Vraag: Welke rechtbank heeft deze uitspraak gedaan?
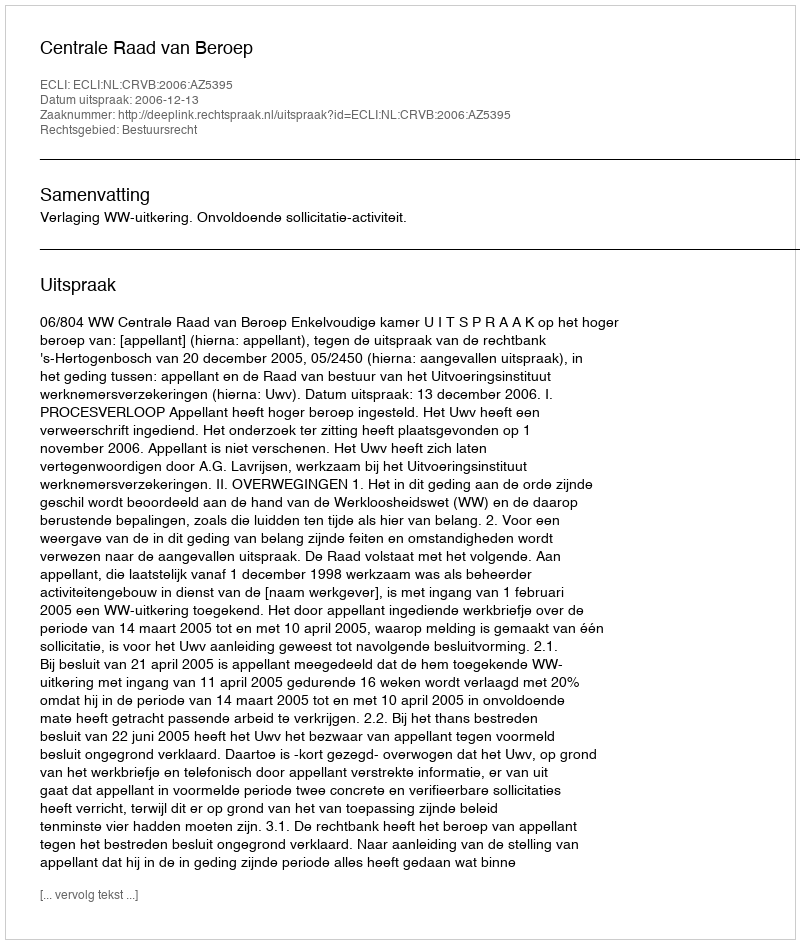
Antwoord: Centrale Raad van Beroep